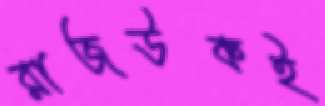
রাজউকই